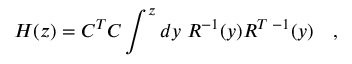
H ( z ) = C ^ { T } C \int ^ { z } d y \; R ^ { - 1 } ( y ) R ^ { T \; - 1 } ( y ) \quad ,